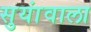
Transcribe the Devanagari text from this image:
सुयांवाला